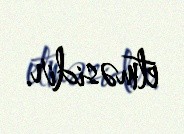
etməsidir.